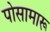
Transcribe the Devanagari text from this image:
पोसामारू